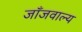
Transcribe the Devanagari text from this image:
जाँजवाल्य